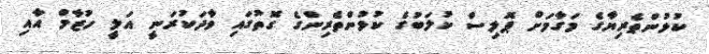
ކުޅުންތެރިޔާގެ މަގާމަށް ޕޮލިސް ކުލަބުގެ ކުޅުންތެރިންގެ ގޮތުގައި ވާދަކުރަނީ އަލީ ހުޒާމް އާއި